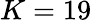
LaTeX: K=19